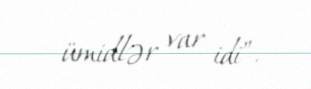
ümidlər var idi”.